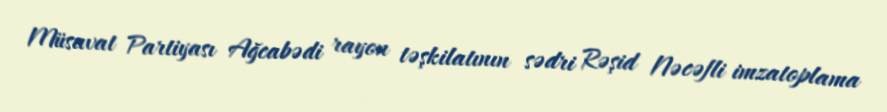
Müsavat Partiyası Ağcabədi rayon təşkilatının sədri Rəşid Nəcəfli imzatoplama